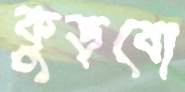
কুড়বো